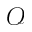
\mathcal { O }